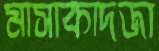
মাসাকাদজা